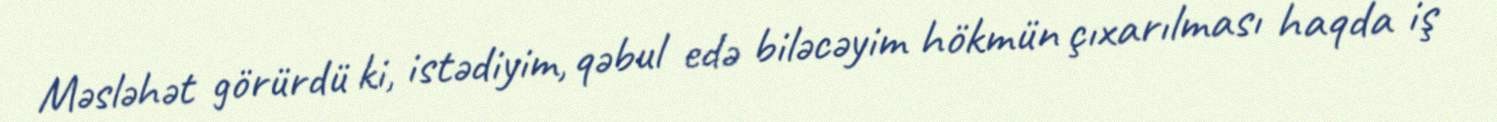
Məsləhət görürdü ki, istədiyim, qəbul edə biləcəyim hökmün çıxarılması haqda iş